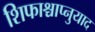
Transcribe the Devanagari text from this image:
शिफाश्चाप्नुयाद